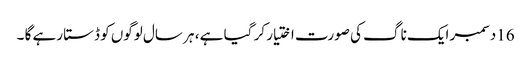
16دسمبر ایک ناگ کی صورت اختیار کر گیا ہے ، ہر سال لوگوں کو ڈستا رہے گا ۔